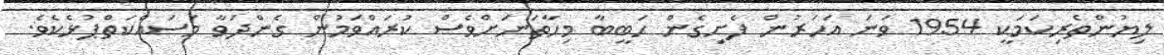
ލިޔުންތެރިކަމަކީ 1954 ވަނަ އަހަރުން ފެށިގެން ޙަބީބާ މިހާތަނަށްވެސް ކުރައްވަމުން ގެންދަވާ މަސައްކަތްޕުޅެކެވެ.